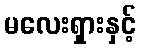
မလေးရှားနှင့်